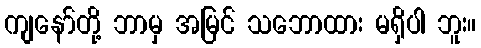
ကျနော်တို့ ဘာမှ အမြင် သဘောထား မရှိပါ ဘူး။